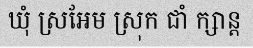
ឃុំ ស្រអែម ស្រុក ជាំ ក្សាន្ត